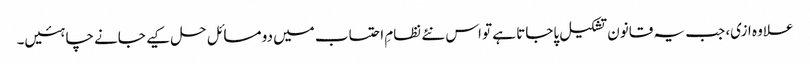
علاوہ ازی، جب یہ قانون تشکیل پاجاتا ہے تو اس نئے نظامِ احتساب میں دو مسائل حل کیے جانے چاہئیں۔